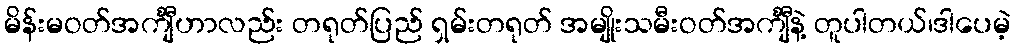
မိန်းမဝတ်အင်္ကျီဟာလည်း တရုတ်ပြည် ရှမ်းတရုတ် အမျိုးသမီးဝတ်အင်္ကျီနဲ့ တူပါတယ်၊ဒါပေမဲ့